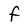
Character: f